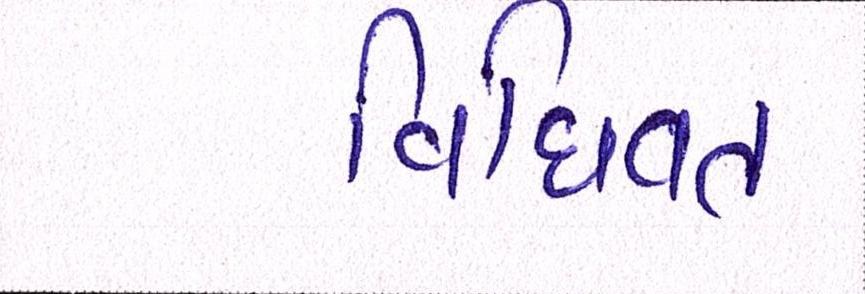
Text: વિધિવત